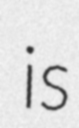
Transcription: is